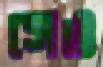
সেও